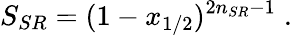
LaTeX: S_{SR}=(1-x_{1/2})^{2n_{SR}-1}\; .